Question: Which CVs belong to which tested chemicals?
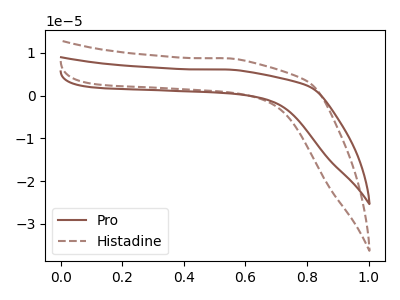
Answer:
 <answer>The brown curve is labeled "Pro". The brown dashed curve is labeled "Histadine".</answer>
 <eval></eval>